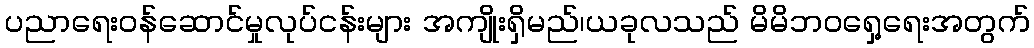
ပညာရေးဝန်ဆောင်မှုလုပ်ငန်းများ အကျိုးရှိမည်၊ယခုလသည် မိမိဘဝရှေ့ရေးအတွက်